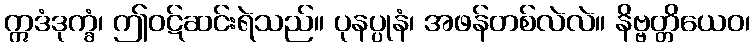
ဣဒံဒုက္ခံ၊ ဤဝဋ်ဆင်းရဲသည်။ ပုနပ္ပုနံ၊ အဖန်တစ်လဲလဲ။ နိဗ္ဗတ္တိယေဝ၊